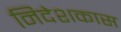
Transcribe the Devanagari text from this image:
निदेशकास